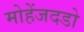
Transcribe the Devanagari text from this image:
मोहेंजदडो